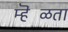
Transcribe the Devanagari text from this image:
म्हॆळता